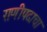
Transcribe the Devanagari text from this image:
राणीपदाचा